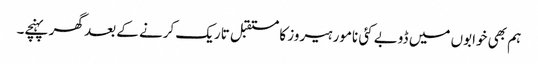
ہم بھی خوابوں میں ڈوبے کئی نامور ہیروز کا مستقبل تاریک کرنے کے بعد گھر پہنچے۔